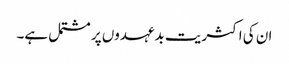
ان کی اکثریت بدعہدوں پر مشتمل ہے۔